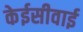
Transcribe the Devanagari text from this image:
केईसीवाई